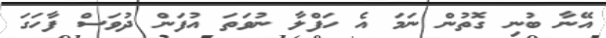
އޭނާ ބުނި ގޮތުން ނަމަ އެ ހަފްލާ ނުވަތަ އުފަން ދުވަސް ފާހަގަ